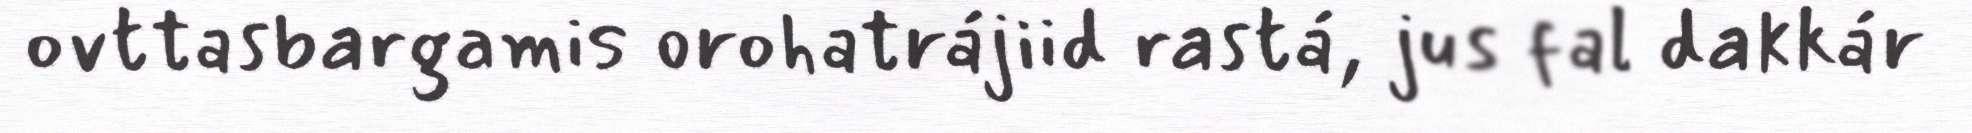
ovttasbargamis orohatrájiid rastá, jus fal dakkár